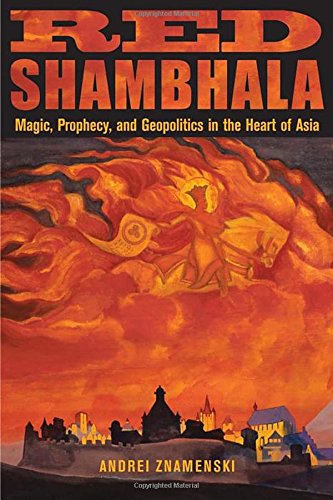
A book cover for Red Shambhala: Magic, Prophecy, and Geopolitics in the Heart of Asia; Andrei Znamenski; Religion & Spirituality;